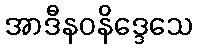
အာဒီနဝနိဒ္ဒေသေ